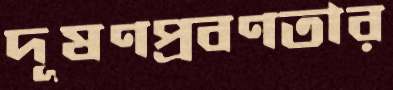
দূষণপ্রবণতার